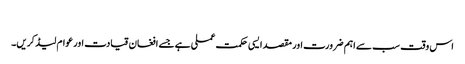
​
اس وقت سب سے اہم ضرورت اور مقصد ایسی حکمت عملی ہے جسے افغان قیادت اور عوام لیڈ کریں۔